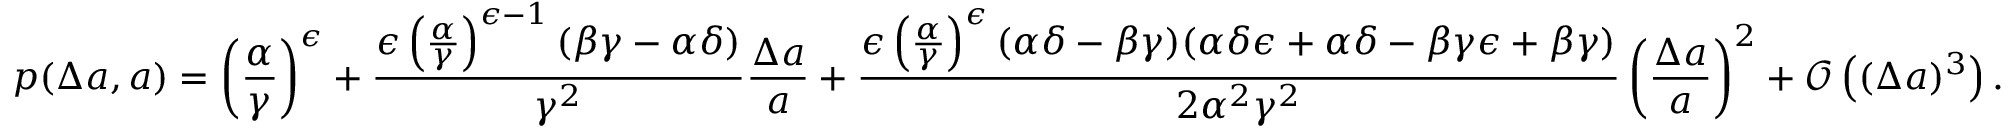
p ( \Delta a , a ) = \left( \frac { \alpha } { \gamma } \right) ^ { \epsilon } + \frac { \epsilon \left( \frac { \alpha } { \gamma } \right) ^ { \epsilon - 1 } ( \beta \gamma - \alpha \delta ) } { \gamma ^ { 2 } } \frac { \Delta a } { a } + \frac { \epsilon \left( \frac { \alpha } { \gamma } \right) ^ { \epsilon } ( \alpha \delta - \beta \gamma ) ( \alpha \delta \epsilon + \alpha \delta - \beta \gamma \epsilon + \beta \gamma ) } { 2 \alpha ^ { 2 } \gamma ^ { 2 } } \left( \frac { \Delta a } { a } \right) ^ { 2 } + \mathscr { O } \left( ( \Delta a ) ^ { 3 } \right) .